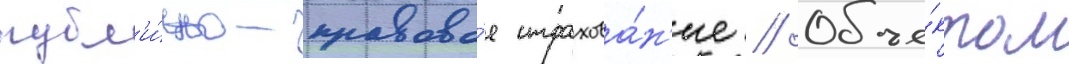
публ'и́чно-правово́е страхова́н'ие // Объе́ктом